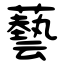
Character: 藝